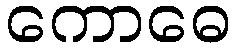
ကောဓေ